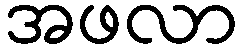
အဖလာ